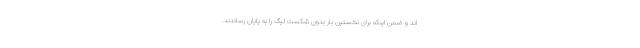
اند و ضمن اینکه برای نخستین بار بدون شکست لیگ را به پایان رساندند.